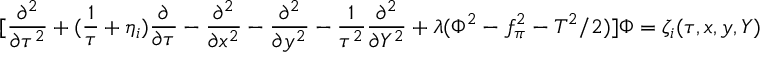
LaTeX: [ \frac { \partial ^ { 2 } } { \partial \tau ^ { 2 } } + ( \frac { 1 } { \tau } + \eta _ { i } ) \frac { \partial } { \partial \tau } - \frac { \partial ^ { 2 } } { \partial x ^ { 2 } } - \frac { \partial ^ { 2 } } { \partial y ^ { 2 } } - \frac { 1 } { \tau ^ { 2 } } \frac { \partial ^ { 2 } } { \partial Y ^ { 2 } } + \lambda ( \Phi ^ { 2 } - f _ { \pi } ^ { 2 } - T ^ { 2 } / 2 ) ] \Phi = \zeta _ { i } ( \tau , x , y , Y )